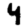
Digit: 4